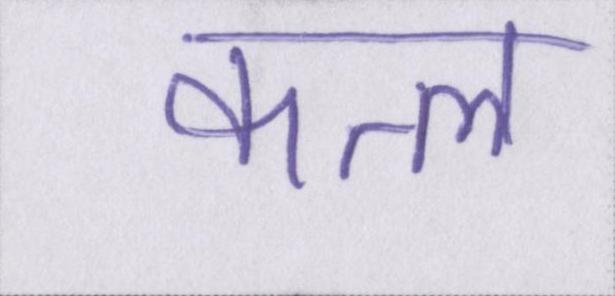
कत्ल